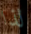
لذا